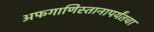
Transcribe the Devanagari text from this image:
अफगाणिस्तानापर्यंतचा